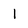
Character: 1